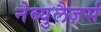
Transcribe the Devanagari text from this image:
नेब्युलैज़र्स